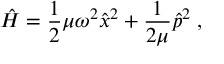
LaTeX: \hat { H } = \frac { 1 } { 2 } \mu \omega ^ { 2 } \hat { x } ^ { 2 } + \frac { 1 } { 2 \mu } \hat { p } ^ { 2 } \; ,